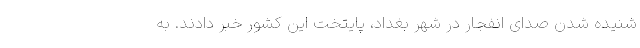
شنیده شدن صدای انفجار در شهر بغداد، پایتخت این کشور خبر دادند. به